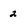
Character: 2